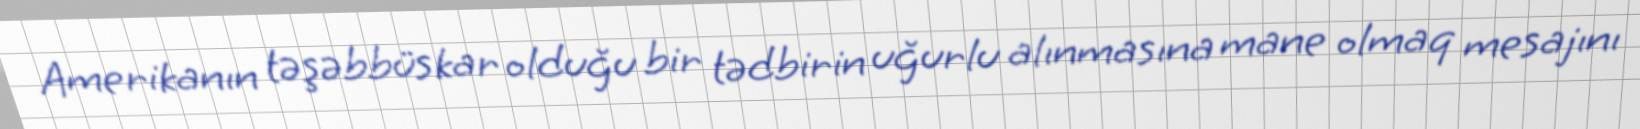
Amerikanın təşəbbüskar olduğu bir tədbirin uğurlu alınmasına mane olmaq mesajını